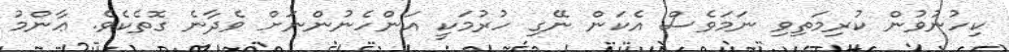
ކިހުނުވުން ކުރިމަތިވި ނަމަވެސް އެކަން ނޭގި ހުރުމަކީ އަންހެނުންނަށް ވެދާނެ ގޮތެކެވެ. ޢާންމު